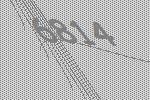
6814